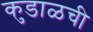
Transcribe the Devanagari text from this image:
कुडाळची